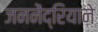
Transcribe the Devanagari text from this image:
जननेंद्रियाने